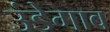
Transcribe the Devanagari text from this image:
उंडेगाव